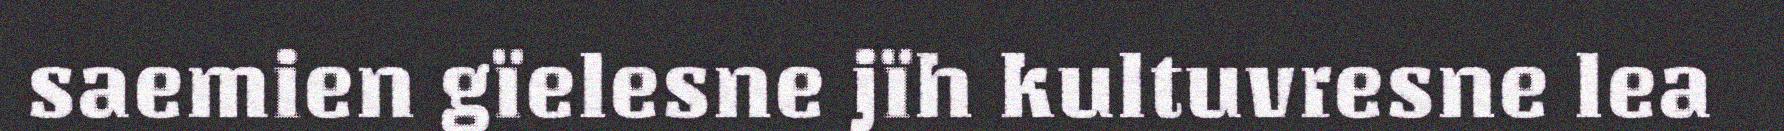
saemien gïelesne jïh kultuvresne lea